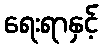
ရေးရာနှင့်